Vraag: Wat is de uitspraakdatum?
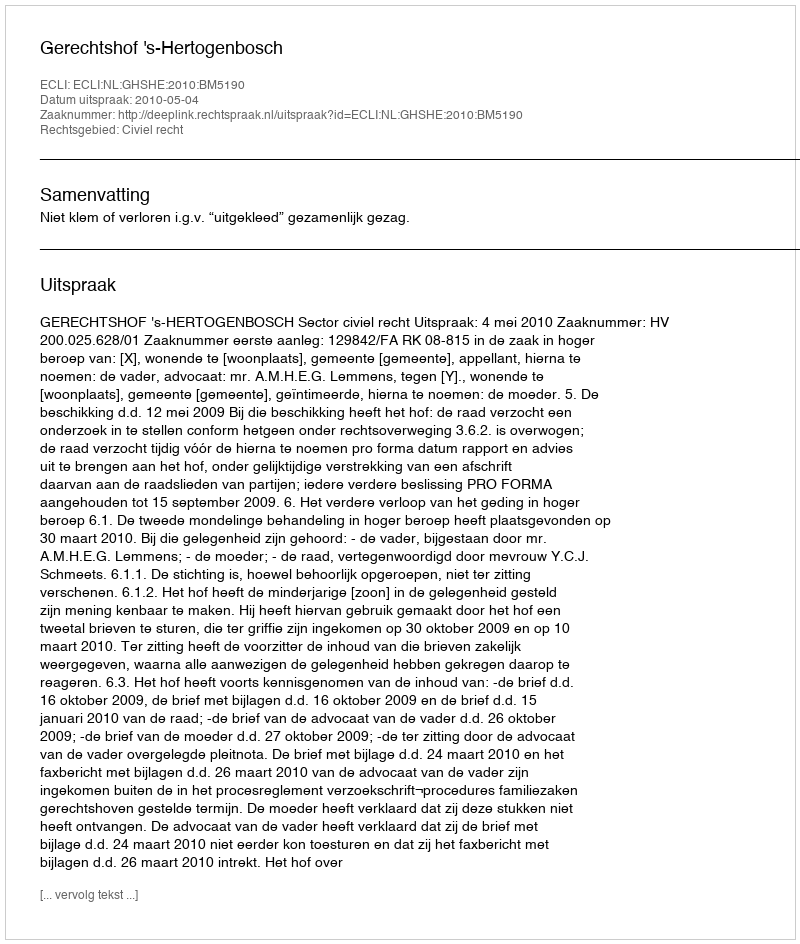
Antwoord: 2010-05-04